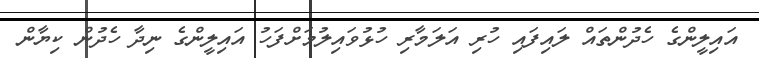
އައިލީންގެ ހެދުންތައް ލައިފައި ހުރި އަލަމާރި ހުޅުވައިލުމަށްފަހު އައިލީންގެ ނިދާ ހެދުން ކިޔާން